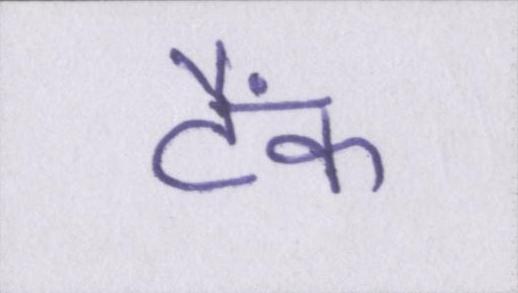
टैंक